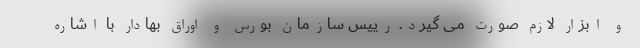
و ابزار لازم صورت می گیرد. رییس سازمان بورس و اوراق بهادار با اشاره